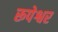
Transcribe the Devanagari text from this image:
रूपेश्वर